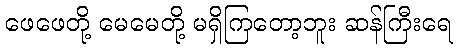
ဖေဖေတို့ မေမေတို့ မရှိကြတော့ဘူး ဆန်ကြီးရေ